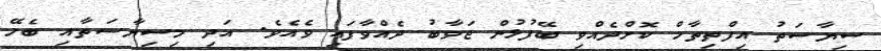
ސިޔާސަތު އިފްތިތާހް ކޮށްދެއްވި ބޭފުޅުން ޖަވާބު ދެއްވާފައި ވެއެވެ. އަދި މިސިޔާސަތާއި ބެހޭ